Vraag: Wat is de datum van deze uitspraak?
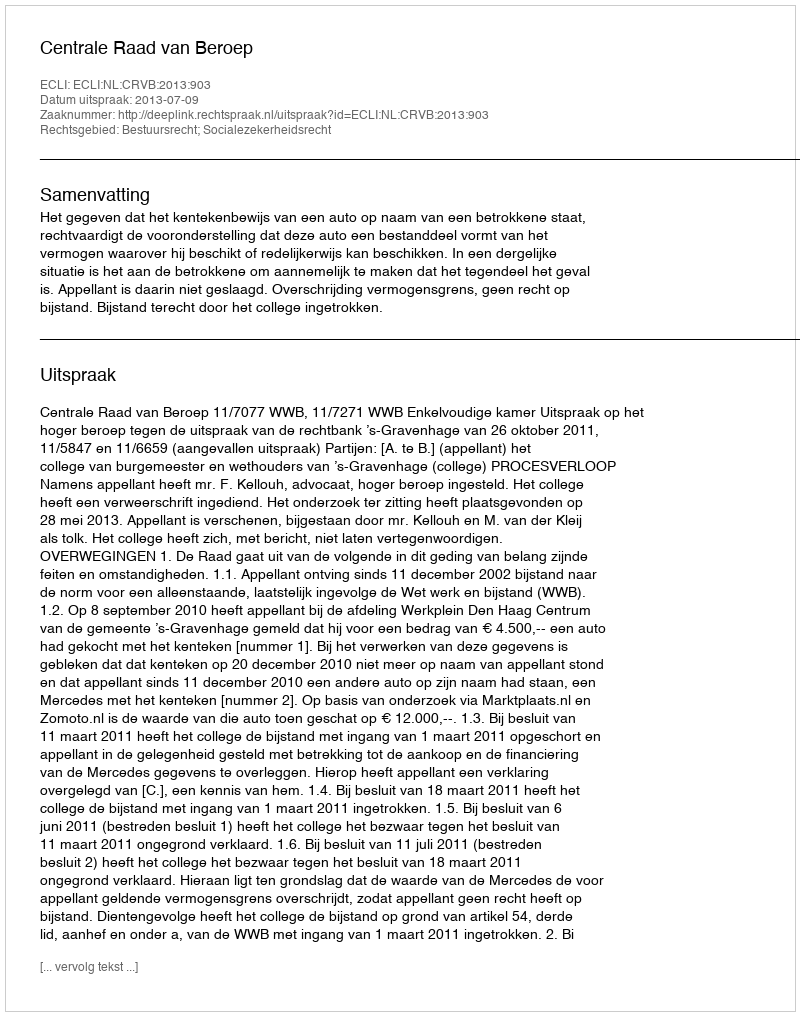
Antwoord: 2013-07-09